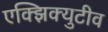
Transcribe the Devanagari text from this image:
एक्झिक्युटीव